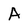
Character: A